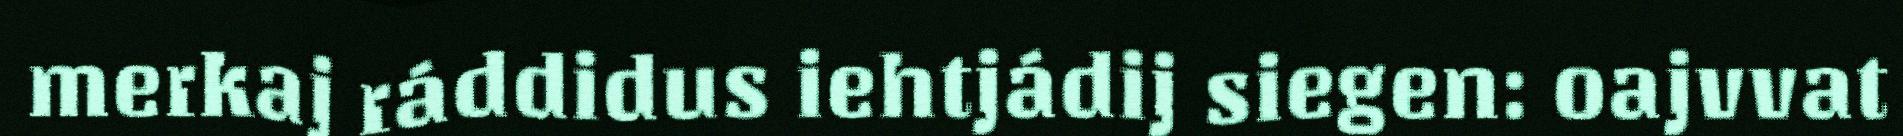
merkaj ráddidus iehtjádij siegen: oajvvat